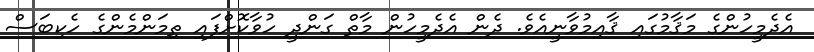
އެދެމީހުންގެ މަޤާމުގައި ޤާއިމުވާނީއެވެ. ދެން އެދެމީހުން މާތް ގަންދީ ހުވާކޮށްފައި ތިމަންމެންގެ ހެކިބަސް